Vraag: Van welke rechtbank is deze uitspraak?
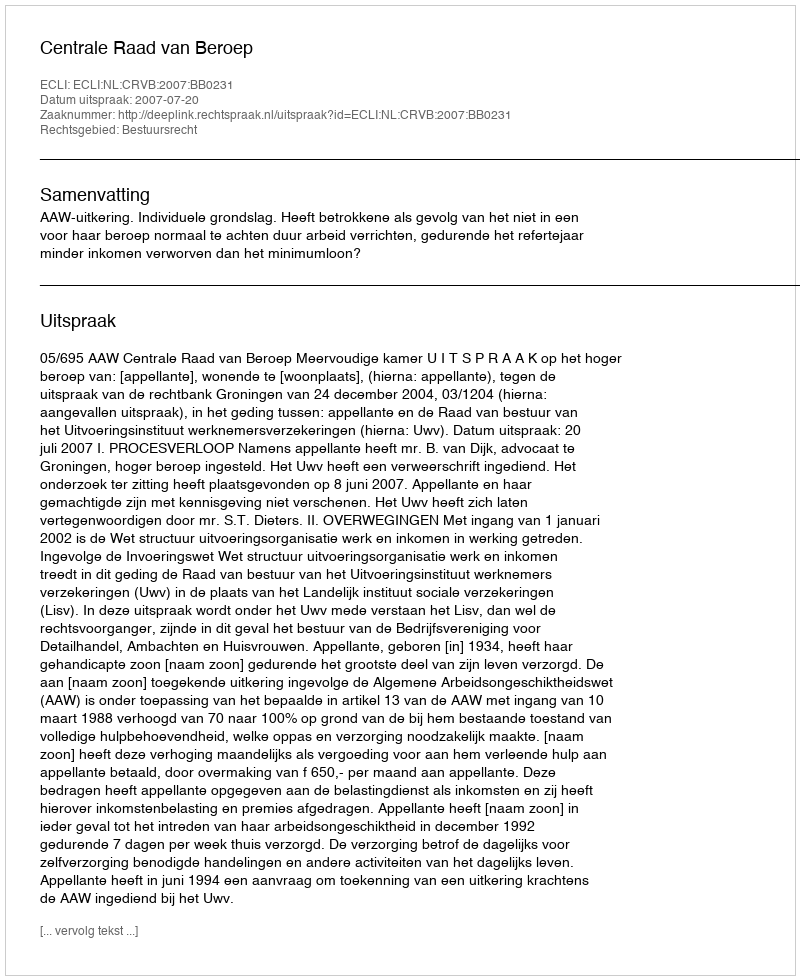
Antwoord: Centrale Raad van Beroep